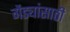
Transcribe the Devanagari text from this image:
गेंड्यांसाठी